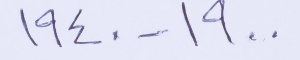
١٩٠٠ - ١٩٤٠